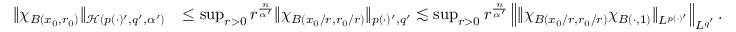
\begin{array} { r l } { \| \chi _ { B ( x _ { 0 } , r _ { 0 } ) } \| _ { \mathcal { H } ( p ( \cdot ) ^ { \prime } , q ^ { \prime } , \alpha ^ { \prime } ) } } & { \le \operatorname* { s u p } _ { r > 0 } r ^ { \frac { n } { \alpha ^ { \prime } } } \| \chi _ { B ( x _ { 0 } / r , r _ { 0 } / r ) } \| _ { p ( \cdot ) ^ { \prime } , q ^ { \prime } } \lesssim \operatorname* { s u p } _ { r > 0 } r ^ { \frac { n } { \alpha ^ { \prime } } } \left\| \| \chi _ { B ( x _ { 0 } / r , r _ { 0 } / r ) } \chi _ { B ( \cdot , 1 ) } \| _ { L ^ { p ( \cdot ) ^ { \prime } } } \right\| _ { L ^ { q ^ { \prime } } } . } \end{array}